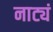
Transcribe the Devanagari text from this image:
नाट्यं